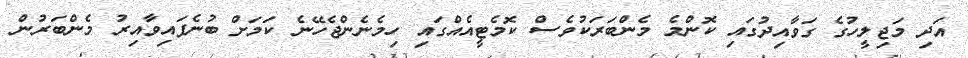
އަދި މަޖިލީހުގެ ގަވާއިދުގައި ކޮންމެ މެންބަރަކުވެސް ކޮމެޓީއެއްގައި ހިމެނެންޖެހޭނެ ކަމަށް ބުނެފައިވާއިރު މެންބަރުން